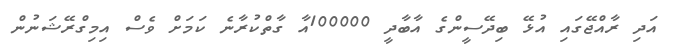
އަދި ރާއްޖޭގައި އުޅޭ ބިދޭސީންގެ އާބާދީ 100000އާ ގާތްކުރާނެ ކަމަށް ވެސް އިމިގްރޭޝަނުން